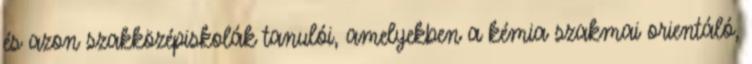
és azon szakközépiskolák tanulói, amelyekben a kémia szakmai orientáló,